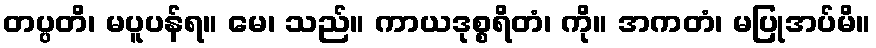
တပ္ပတိ၊ မပူပန်ရ။ မေ၊ သည်။ ကာယဒုစ္စရိတံ၊ ကို။ အကတံ၊ မပြုအပ်မိ။